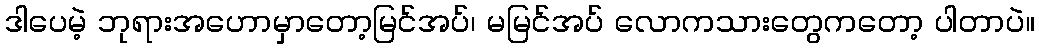
ဒါပေမဲ့ ဘုရားအဟောမှာတော့မြင်အပ်၊ မမြင်အပ် လောကသားတွေကတော့ ပါတာပဲ။